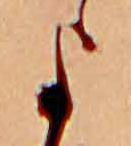
よ